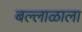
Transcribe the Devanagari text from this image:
बल्लाळाला